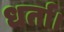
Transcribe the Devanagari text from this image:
धर्ता।